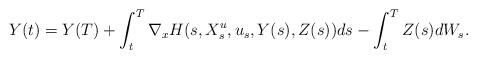
LaTeX: \begin{align*}Y(t) = Y(T) + \int_t^T \nabla_x H(s,X^u_s,u_s,Y(s),Z(s))ds - \int_t^T Z(s)dW_s.\end{align*}